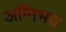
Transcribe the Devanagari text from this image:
अग्निभय